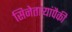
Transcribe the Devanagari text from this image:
सिनेताऱ्यांपैकी